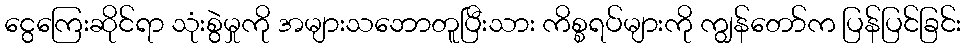
ငွေကြေးဆိုင်ရာ သုံးစွဲမှုကို အများသဘောတူပြီးသား ကိစ္စရပ်များကို ကျွန်တော်က ပြန်ပြင်ခြင်း